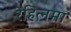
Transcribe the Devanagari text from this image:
रेहित्नमा